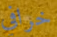
خرافي